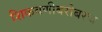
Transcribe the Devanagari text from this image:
शिकवणीबरोबरच